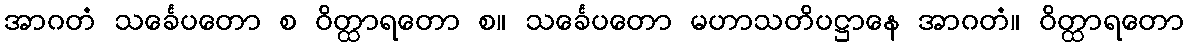
အာဂတံ သင်္ခေပတော စ ဝိတ္ထာရတော စ။ သင်္ခေပတော မဟာသတိပဋ္ဌာနေ အာဂတံ။ ဝိတ္ထာရတော